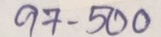
97 - 500